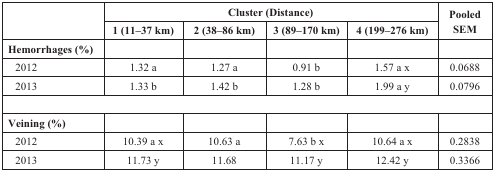
| <ROWSPAN=2>  | <COLSPAN=4> Cluster (Distance) | <ROWSPAN=2> Pooled SEM |
 | 1 (11–37 km) | 2 (38–86 km) | 3 (89–170 km) | 4 (199–276 km) |
 | --- | --- | --- | --- | --- | --- |
 | Hemorrhages (%) |  |  |  |  |  |
 | 2012 | 1.32 a | 1.27 a | 0.91 b | 1.57 a x | 0.0688 |
 | 2013 | 1.33 b | 1.42 b | 1.28 b | 1.99 a y | 0.0796 |
 | Veining (%) |  |  |  |  |  |
 | 2012 | 10.39 a x | 10.63 a | 7.63 b x | 10.64 a x | 0.2838 |
 | 2013 | 11.73 y | 11.68 | 11.17 y | 12.42 y | 0.3366 |